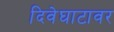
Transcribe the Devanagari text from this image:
दिवेघाटावर